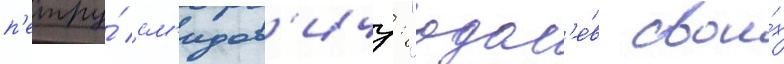
п'етру́ см'идов'ичу: "одол'е́в свои́х